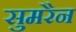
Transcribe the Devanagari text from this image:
सुमरैन